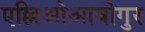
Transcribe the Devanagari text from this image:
एल्लिओआवोगुर